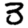
Digit: 3